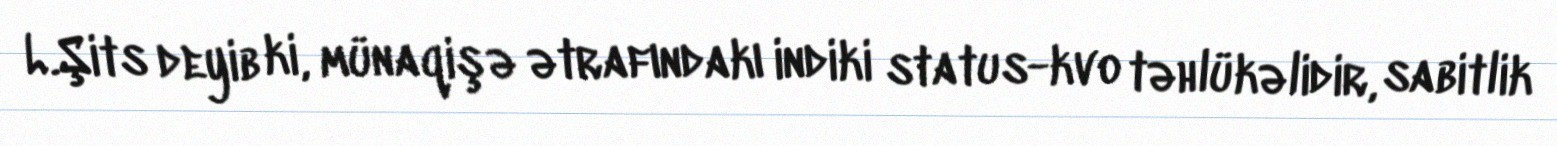
L.Şits deyib ki, münaqişə ətrafındakı indiki status-kvo təhlükəlidir, sabitlik